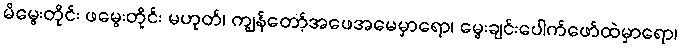
မိမွေးတိုင်း ဖမွေးတိုင်း မဟုတ်၊ ကျွန်တော့်အဖေအမေမှာရော၊ မွေးချင်းပေါက်ဖော်ထဲမှာရော၊